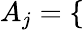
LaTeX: A_{j}=\left\{ \begin{array}{ll}{\begin{array}{rlr}\end{array}}\end{array}\right.